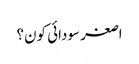
اصغر سودائی کون؟